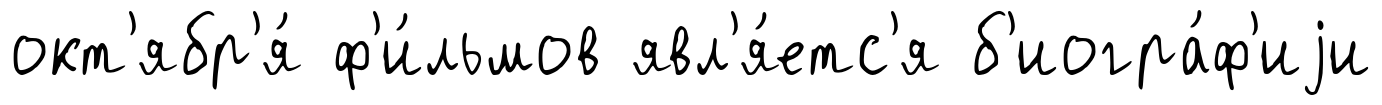
окт'ябр'я́ ф'и́льмов явл'я́етс'я б'иогра́ф'иjи